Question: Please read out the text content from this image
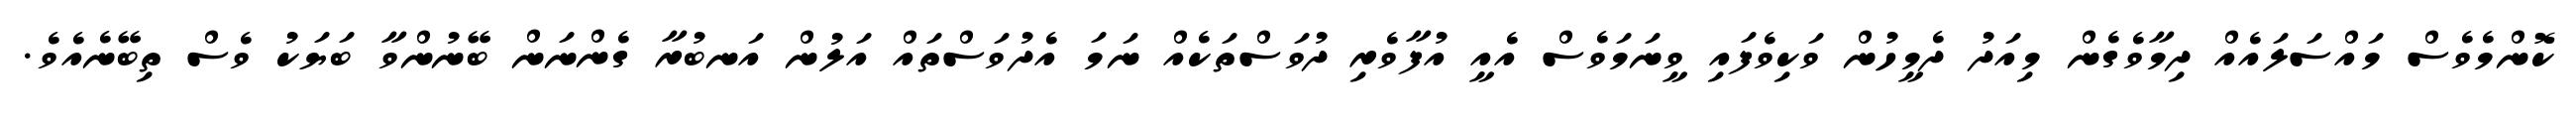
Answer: ކޮންމެވެސް މައްސަލައެއް ދިމާވެގެން މިއަދު ދެމީހުން ވަކިވެފައި ވީނަމަވެސް އެއީ އުފާވެރި ދުވަސްތަކެއް ނަމަ އެދުވަސްތައް އަލުން އަނބުރާ ގެންނަން ބޭނުންވާ ބަޔަކު ވެސް ތިބޭނެއެވެ.